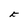
Character: t